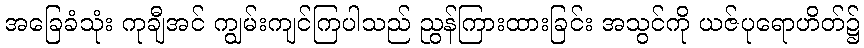
အခြေခံသုံး ကုချီအင် ကျွမ်းကျင်ကြပါသည် ညွန်ကြားထားခြင်း အသွင်ကို ယဇ်ပုရောဟိတ်၌